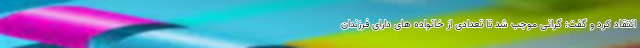
انتقاد کرد و گفت: گرانی موجب شد تا تعدادی از خانواده های دارای فرزندان